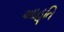
આહૂતિ